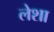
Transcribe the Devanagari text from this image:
लेशा